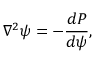
\nabla ^ { 2 } \psi = - \frac { d P } { d \psi } ,